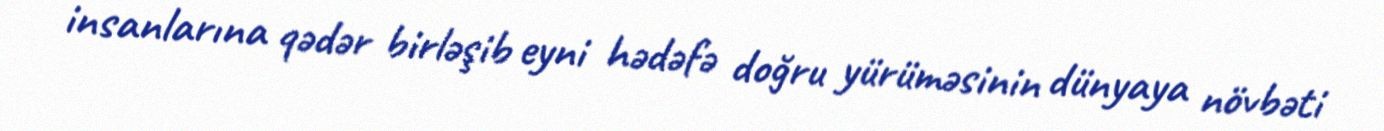
insanlarına qədər birləşib eyni hədəfə doğru yürüməsinin dünyaya növbəti